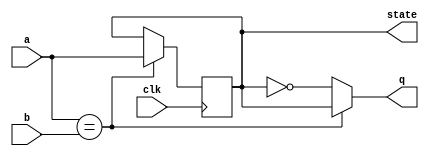
module top_module (
    input clk,
    input a,
    input b,
    output q,
    output reg state  );

    always @ (posedge clk)
        begin
            if (a == b)
                state <= a;
        end
    
    always @ (*)
        begin
            if (a == b)
                q = state;
            else
                q = ~state;
        end
endmodule